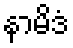
နာမိဒံ